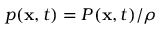
p ( \mathbf { x } , t ) = P ( \mathbf { x } , t ) / \rho